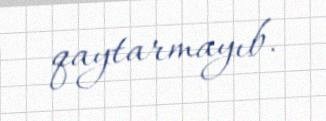
qaytarmayıb.